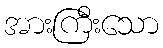
အားကြီးသော